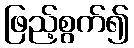
ဖြည့်စွက်၍